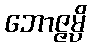
ဘောဇ္ဇမ္ပိ